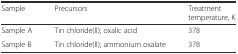
<table><thead><tr><td><b>Sample</b></td><td><b>Precursors</b></td><td><b>Treatment temperature, K</b></td></tr></thead><tbody><tr><td>Sample A</td><td>Tin chloride(II); oxalic acid</td><td>378</td></tr><tr><td>Sample B</td><td>Tin chloride(II); ammonium oxalate</td><td>378</td></tr></tbody></table>